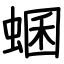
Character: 蜠